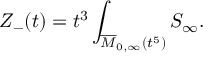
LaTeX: { \cal Z } _ { - } ( t ) = t ^ { 3 } \int _ { \overline { { { { \cal M } } } } _ { 0 , \infty } ( t ^ { 5 } ) } { \cal S } _ { \infty } .